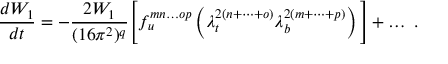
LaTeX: { \frac { d W _ { 1 } } { d t } } = - { \frac { 2 W _ { 1 } } { ( 1 6 \pi ^ { 2 } ) ^ { q } } } \Bigg [ f _ { u } ^ { m n \dots o p } \left( \lambda _ { t } ^ { 2 ( n + \dots + o ) } \lambda _ { b } ^ { 2 ( m + \dots + p ) } \right) \Bigg ] + \dots \; .